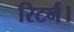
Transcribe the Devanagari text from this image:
रिटर्न।